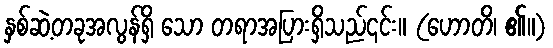
နှစ်ဆဲ့တခုအလွန်ရှိ သော တရာအပြားရှိသည်၎င်း။ (ဟောတိ၊ ၏။)